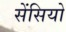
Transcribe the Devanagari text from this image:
सेंसियो